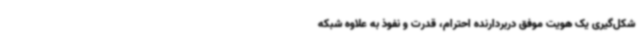
شکل‌گیری یک هویت موفق دربردارنده احترام، قدرت و نفوذ به علاوه شبکه